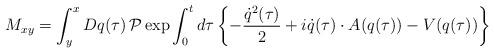
LaTeX: \begin{align*}M_{xy} = \int^x_y Dq(\tau) \, {\cal P} \exp \int^t_0 d\tau \left\{-\frac{\dot{q}^2(\tau)}{2} + i \dot{q}(\tau) \cdot A(q(\tau)) -V(q(\tau))\right\}\end{align*}